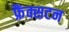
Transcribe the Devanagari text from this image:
फ्रैंक्सटन